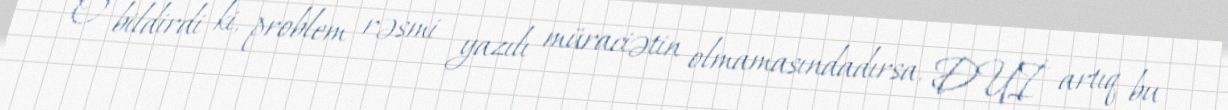
O bildirdi ki, problem rəsmi yazılı müraciətin olmamasındadırsa, DUİ artıq bu